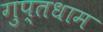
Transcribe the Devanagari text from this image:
गुप्तधाम